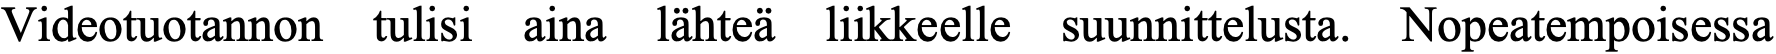
Videotuotannon tulisi aina lähteä liikkeelle suunnittelusta. Nopeatempoisessa